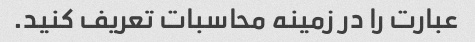
عبارت را در زمینه محاسبات تعریف کنید.